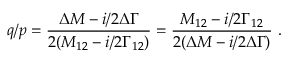
q / p = \frac { \Delta M - i / 2 \Delta \Gamma } { 2 ( M _ { 1 2 } - i / 2 \Gamma _ { 1 2 } ) } = \frac { M _ { 1 2 } - i / 2 \Gamma _ { 1 2 } } { 2 ( \Delta M - i / 2 \Delta \Gamma ) } \ .